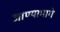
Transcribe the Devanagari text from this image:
जाण्यामागे